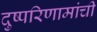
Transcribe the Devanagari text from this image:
दुष्परिणामांची